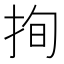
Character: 㧦